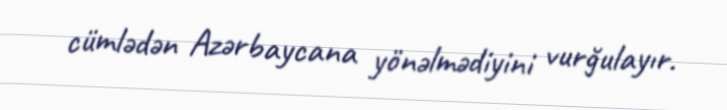
cümlədən Azərbaycana yönəlmədiyini vurğulayır.